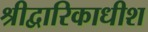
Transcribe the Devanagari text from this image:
श्रीद्वारिकाधीश